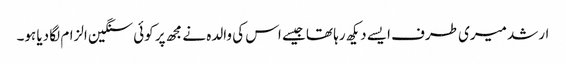
ارشد میری طرف ایسے دیکھ رہا تھا جیسے اس کی والدہ نے مجھ پر کوئی سنگین الزام لگا دیا ہو۔